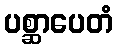
ပစ္ဆာပေတံ